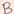
Text: B